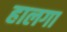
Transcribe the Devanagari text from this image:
हालगा